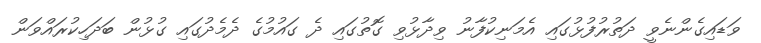
ވަޑައިގެންނެވީ ދަތުރުފުޅުގައި އެމަނިކުފާނު ވިދާޅުވި ގޮތުގައި ދެ ގައުމުގެ ދެމެދުގައި ގުޅުން ބަދަހިކުރައްވަން